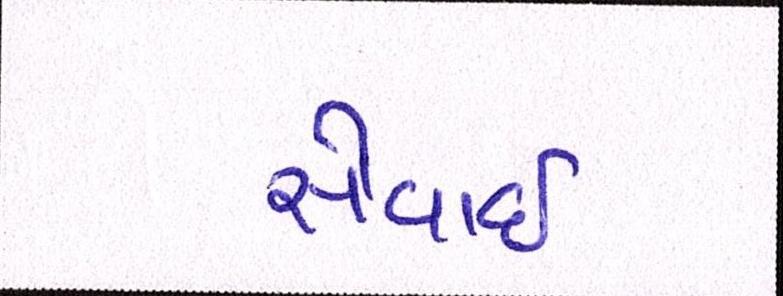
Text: સેવાઇ